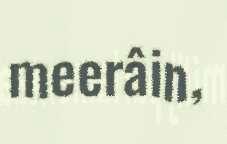
meerâin,